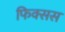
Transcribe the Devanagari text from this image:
फिक्सस